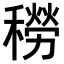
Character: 𥢒